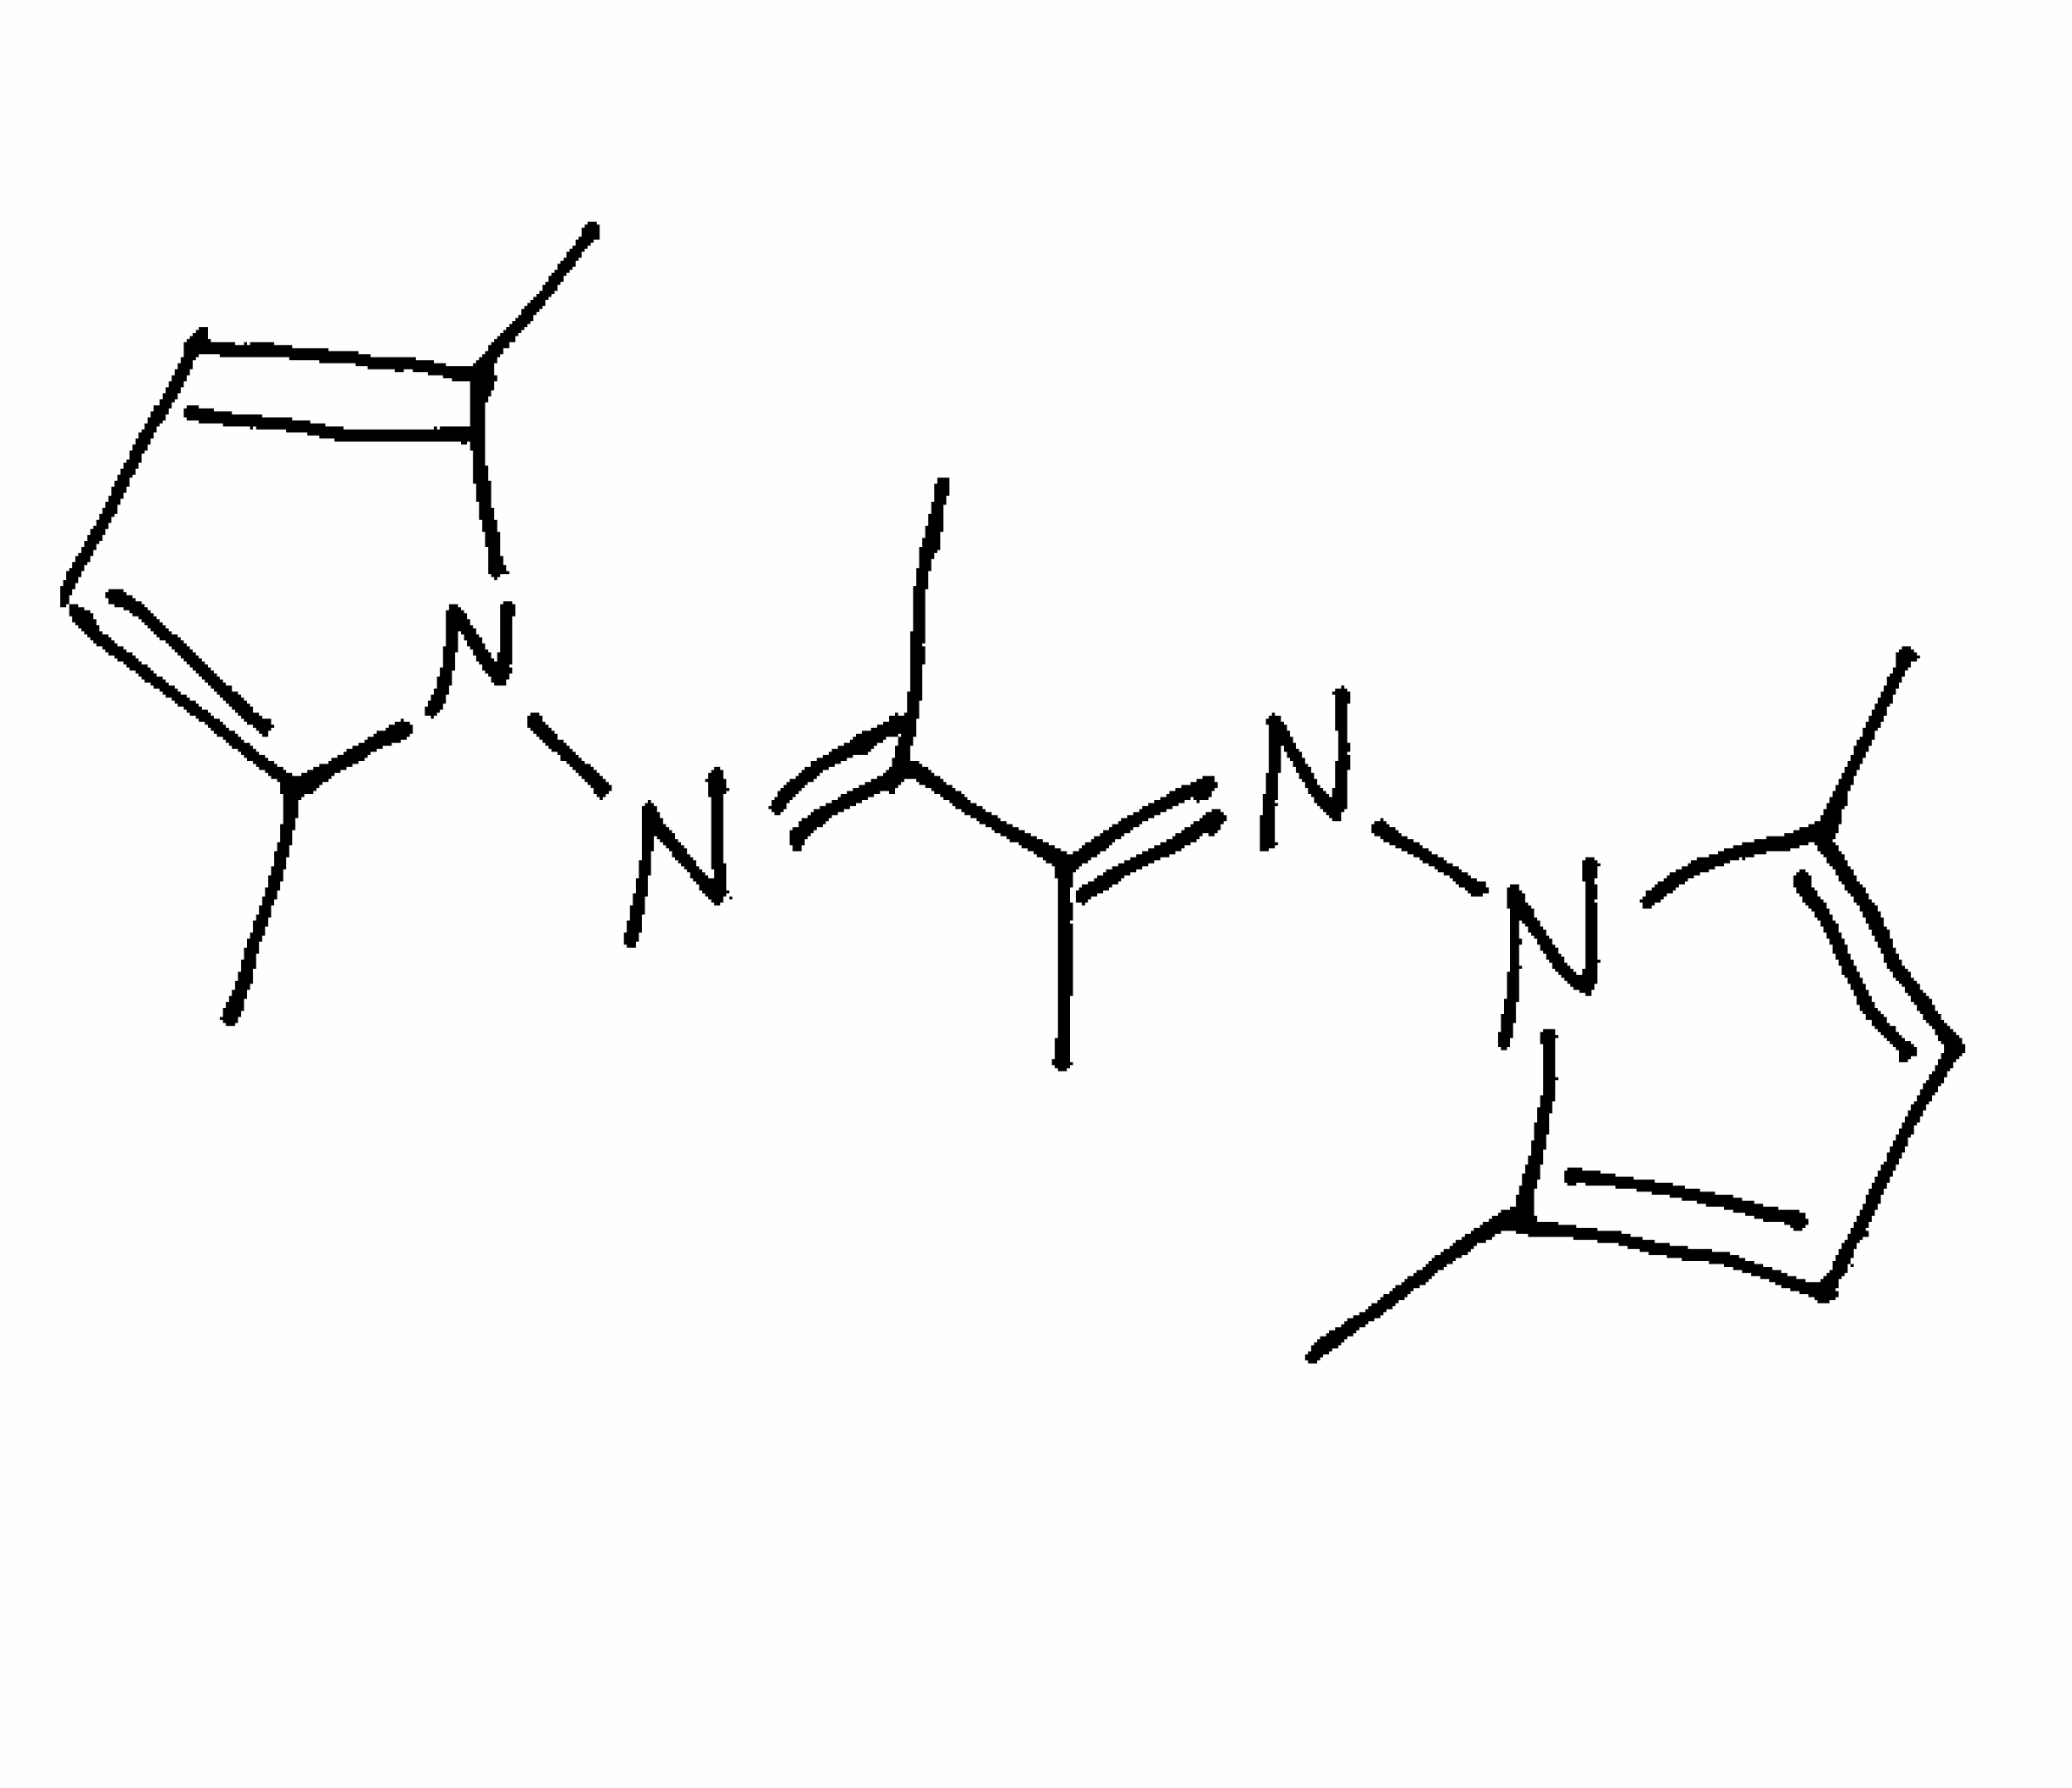
Simplified molecular-input line-entry system (SMILES) notation of the given molecule:
CC1=CC=C(N1/N=C(/C(=N/N2C(=CC=C2C)C)/C)\C)C